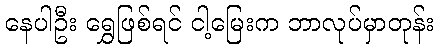
နေပါဦး ရွှေဖြစ်ရင် ငါ့မြေးက ဘာလုပ်မှာတုန်း